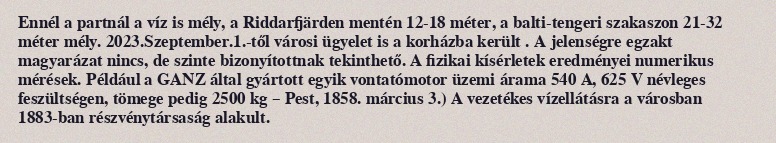
Ennél a partnál a víz is mély, a Riddarfjärden mentén 12-18 méter, a balti-tengeri szakaszon 21-32 méter mély. 2023.Szeptember.1.-től városi ügyelet is a korházba került . A jelenségre egzakt magyarázat nincs, de szinte bizonyítottnak tekinthető. A fizikai kísérletek eredményei numerikus mérések. Például a GANZ által gyártott egyik vontatómotor üzemi árama 540 A, 625 V névleges feszültségen, tömege pedig 2500 kg – Pest, 1858. március 3.) A vezetékes vízellátásra a városban 1883-ban részvénytársaság alakult.